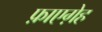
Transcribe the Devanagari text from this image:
फ़ाएग़ेह